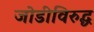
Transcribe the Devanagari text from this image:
जोडीविरुद्ध